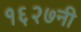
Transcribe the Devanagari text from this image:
१६२७नी